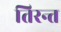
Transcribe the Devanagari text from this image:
तिरन्त